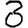
Digit: 8